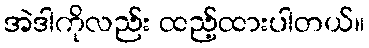
အဲဒါကိုလည်း ထည့်ထားပါတယ်။